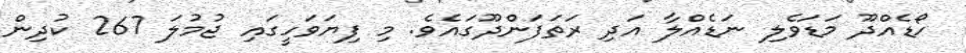
ހޯޑެއްދޫ މަޑަވެލި ނަޑެއްލާ އަދި ރަތަފަންދޫގައެވެ. މި ފިޔަވަހީގައި ޖުމުލަ 267 ކުދިން